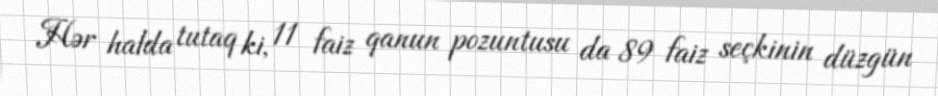
Hər halda tutaq ki, 11 faiz qanun pozuntusu da 89 faiz seçkinin düzgün